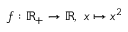
f : \mathbb { R } _ { + } \to \mathbb { R } , \ x \mapsto x ^ { 2 }